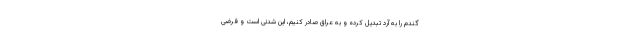
گندم را به آرد تبدیل کرده و به عراق صادر کنیم، این شدنی است و فرضی